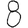
Digit: 8